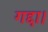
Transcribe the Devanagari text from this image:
गद्दा।